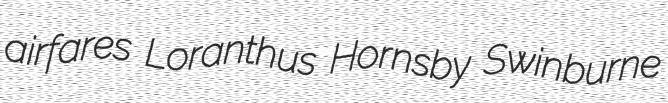
airfares Loranthus Hornsby Swinburne